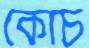
কোচ